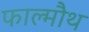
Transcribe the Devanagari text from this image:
फाल्मौथ